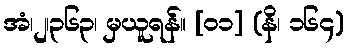
အံ၊၂၊၃၆၃၊ မှယူရန်။ [၀၁] (နိ၊ ၁၆၄)